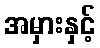
အမှားနှင့်